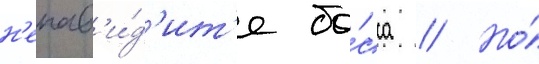
н'енав'и́д'ит'е бо́сса // Но́